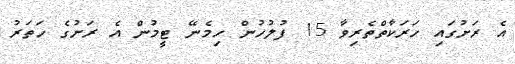
އެ ރަށުގައި ހަރަކާތްތެރިވާ 15 ފުލުހުން ހިމެނޭ ޓީމުން އެ ރަށުގެ ހަތަރު